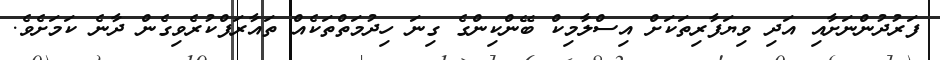
ފަރުދުންނަށާއި އަދި ވިޔަފާރިތަކަށް އިސްލާމިކް ބޭންކިންގެ ގިނަ ހިދުމަތްތަކެއް ތައާރަފްކުރެވިގެން ދާނެ ކަމަށެެވެ.